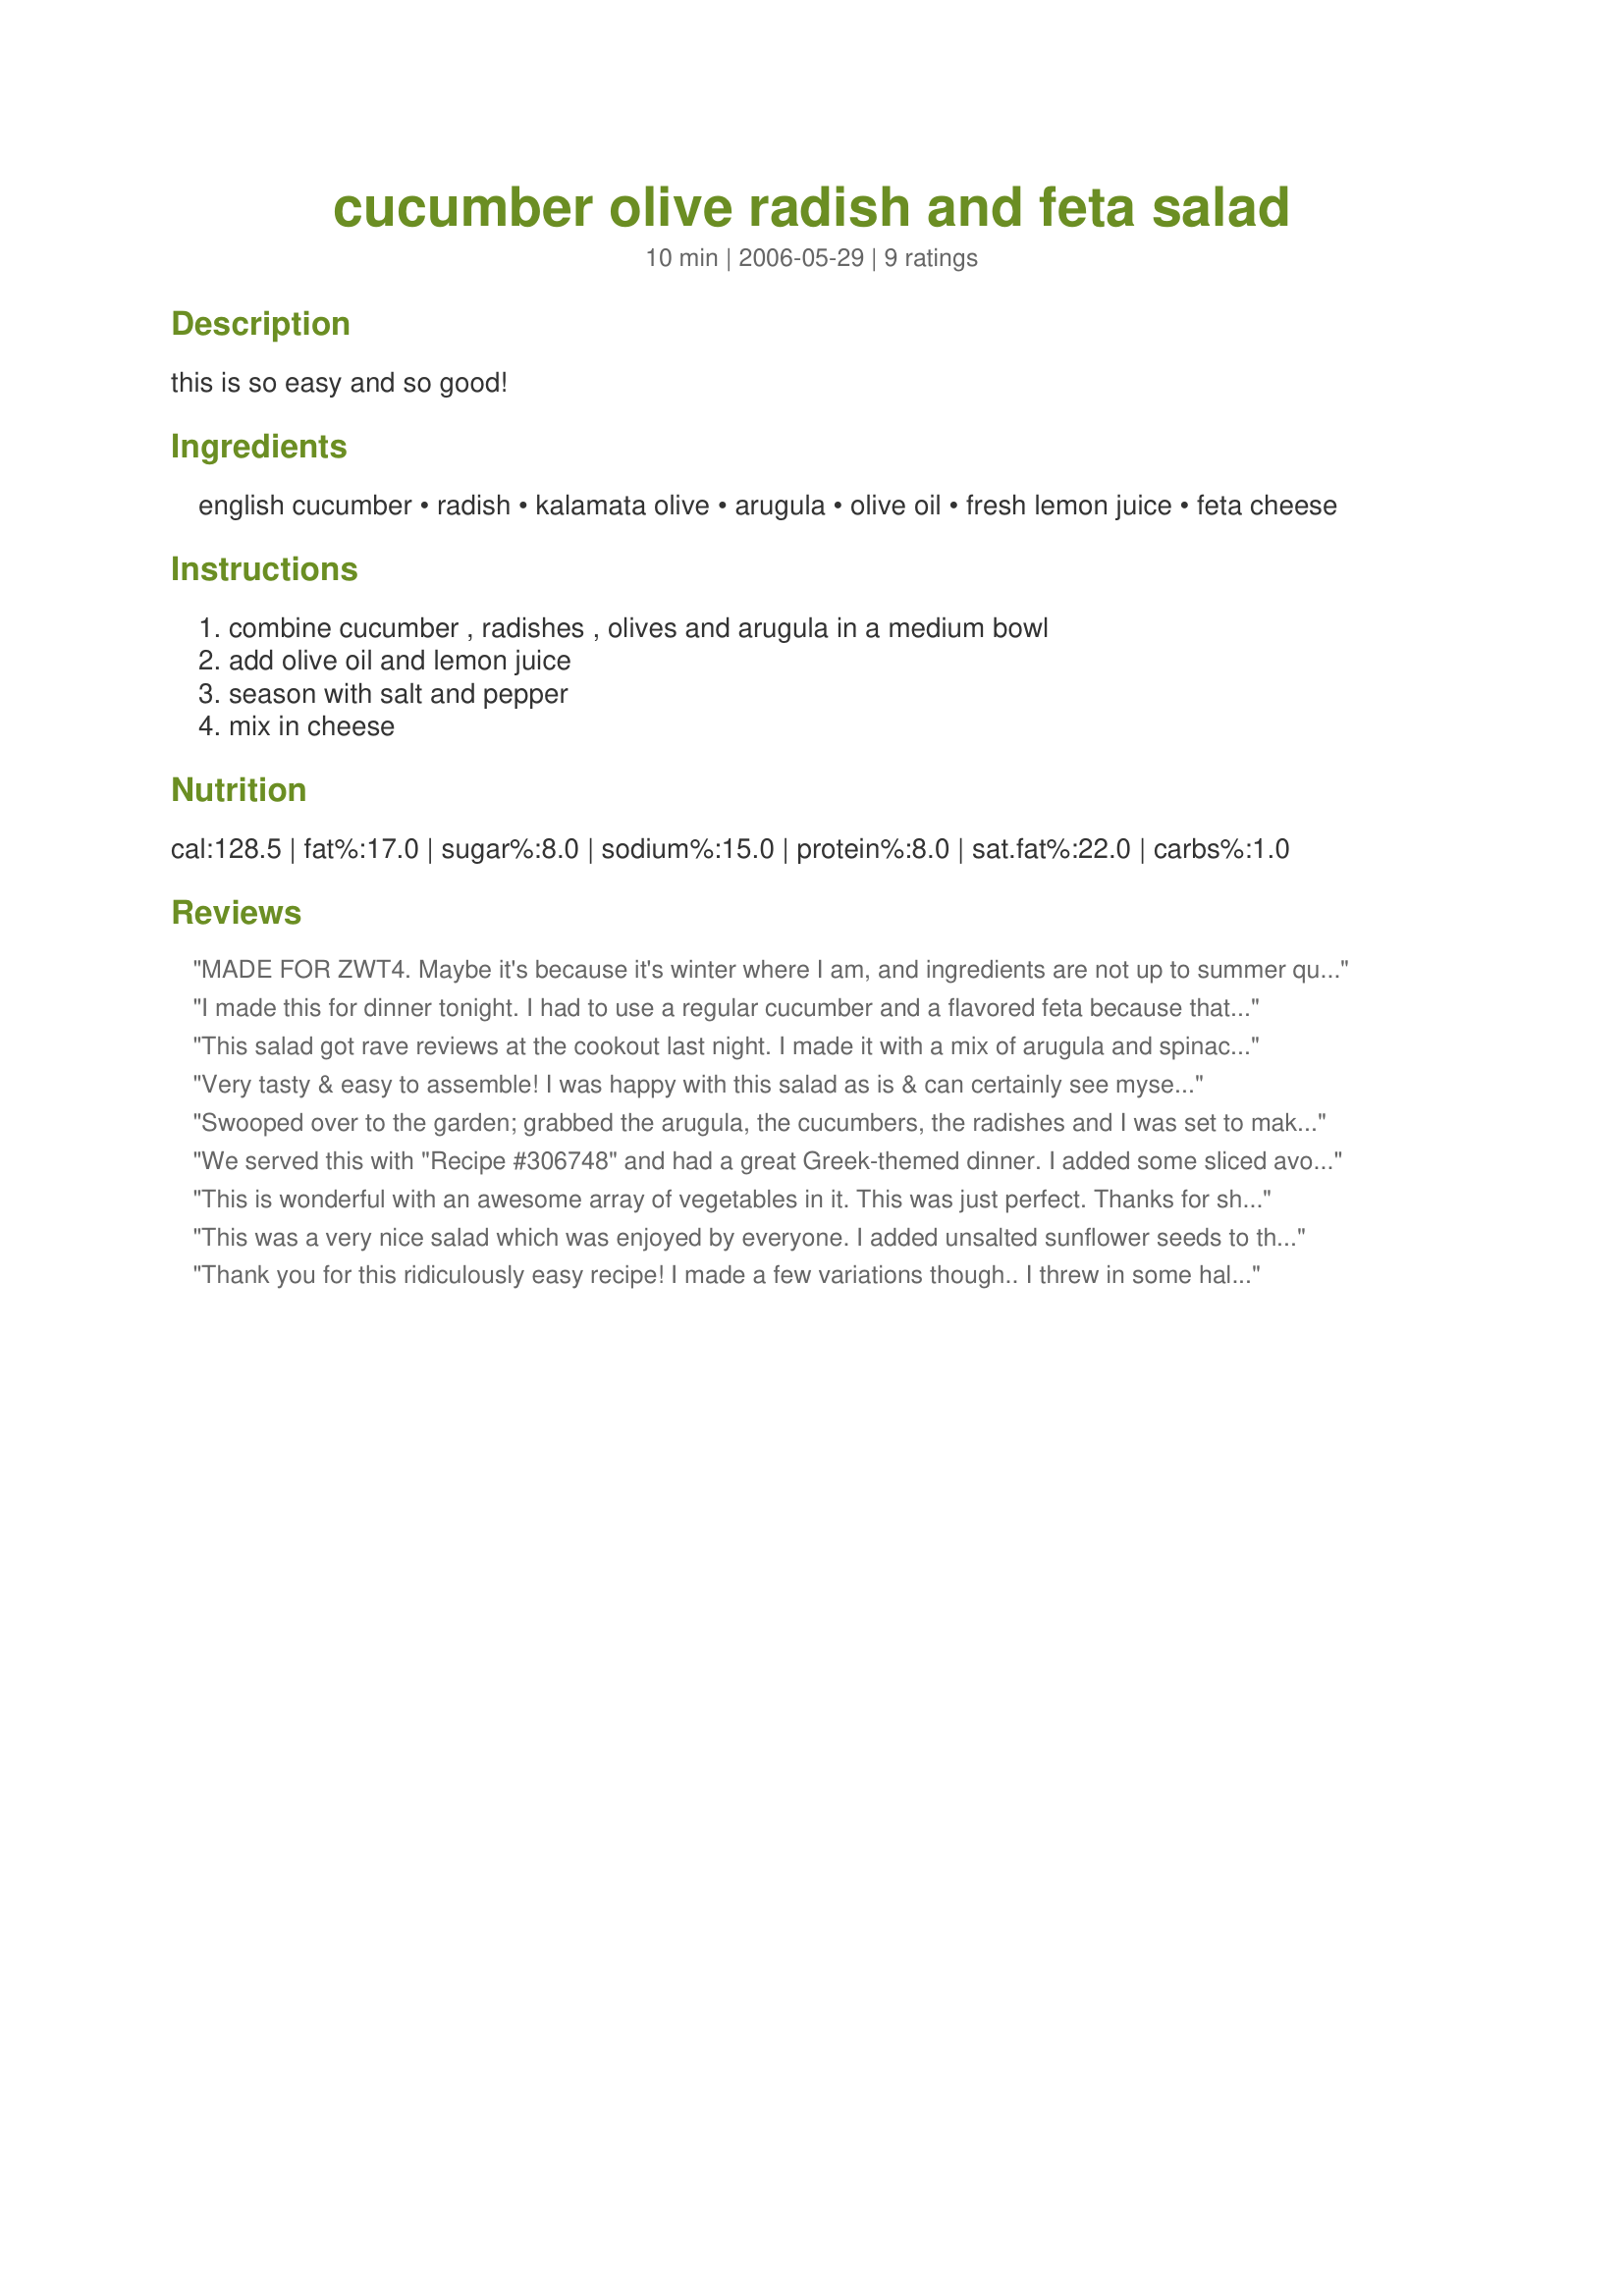
cucumber olive radish and feta salad
Preparation time: 10 minutes

this is so easy and so good!

Ingredients:
english cucumber, radish, kalamata olive, arugula, olive oil, fresh lemon juice, feta cheese

Steps:
combine cucumber , radishes , olives and arugula in a medium bowl, add olive oil and lemon juice, season with salt and pepper, mix in cheese

Reviews:
MADE FOR ZWT4. Maybe it's because it's winter where I am, and ingredients are not up to summer quality, but this salad did not rock our boats. It was nice and pleasant, just not memorable. (Tastes differ, that's all!) We love the separate parts ... I adore arugula, and I think radishes are a very neglected veggie. But maybe it needed a flavourful vinaigrette or the addition of something else. We enjoyed it, though, so please read this as in the Old Zaar: 3 stars mean: "We liked it!" We definitely did.
I made this for dinner tonight. I had to use a regular cucumber and a flavored feta because that is what I had on hand. We also opted to leave out the radish because no one in our family cares for them. I served this as a side to some lemon garlic grilled chicken. It was quick and easy to throw together and we all enjoyed it.
This salad got rave reviews at the cookout last night. I made it with a mix of arugula and spinach and radishes from our garden. Added some chopped fresh oregano and parsley too. Very tasty.
Very tasty & easy to assemble! I was happy with this salad as is & can certainly see myself making it again, since it uses ingredients I don't usually include ~ radishes, kalamata olives & feta cheese, all of which add their own wonderful flavoring to this dish! Thanks for sharing! [Made & reviewed while in Greece during the Zaar World Tour 4]
Swooped over to the garden; grabbed the arugula, the cucumbers, the radishes and I was set to make this more then terrific salad. I followed this exactly; although I must confess to adding some fresh ground pepper and some nice bits of oregano and this salad was as fresh and tasty as anything we have devoured from the garden. Love the radishes, love the cucumbers, and lemon and oil. I reduced the olive oil by a tablespoon and this was perfect. Thanks so much, Susie Cooks! Made for *ZWT4* June 2008.
We served this with "Recipe #306748" and had a great Greek-themed dinner. I added some sliced avocado because they are wonderful right now and it was amazing. When we visited Greece a couple of years ago salads like this always had red onion and tomatoes...those would make excellent additions as well.

1/10 note: we made this with spinach last night and it was also very delicious.
This is wonderful with an awesome array of vegetables in it. This was just perfect. Thanks for sharing. Made for ZWT4 for the Tastebud Tickling Travellers.
This was a very nice salad which was enjoyed by everyone. I added unsalted sunflower seeds to the mix just because I had them and they were a nice addition. The radish's are the perfect touch - would be good with some crunchy bean sprouts too. We had this with a very flavour intensive main dish so this worked very well with it. Next time though I would add a bit of zip to it - maybe with a bit of lime juice, perhaps some cilantro, some italian seasonings.... 
Also - for us, next time I would add the olives right before serving instead of when I mixed the whole works up.
Thank you for this ridiculously easy recipe! I made a few variations though.. I threw in some halved cherry tomatoes and 1 chopped spring onion, increased the lemon juice to 5 tablespoons (I like a bit more tanginess in it) and added in 1 tsp dry mint flakes to the dressing and served it with croutons.. Thank you.. definitely a keeper.
